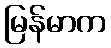
မြန်မာက